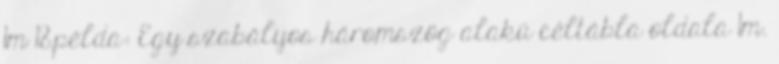
1m 18.példa: Egy szabályos háromszög alakú céltábla oldala 1m.